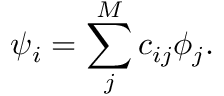
\psi _ { i } = \sum _ { j } ^ { M } c _ { i j } \phi _ { j } .